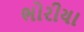
ભોરીયા